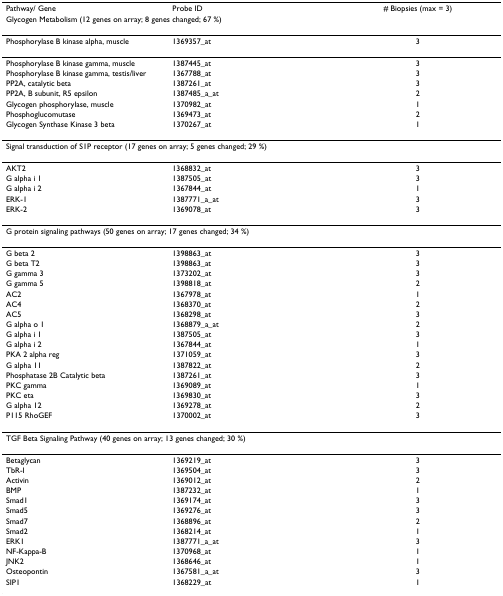
<table><thead><tr><td><b>Pathway/ Gene</b></td><td><b>Probe ID</b></td><td><b># Biopsies (max = 3)</b></td></tr><tr><td colspan="3"><b>Glycogen Metabolism (12 genes on array; 8 genes changed; 67 %)</b></td></tr></thead><tbody><tr><td>Phosphorylase B kinase alpha, muscle</td><td>1369357_at</td><td>3</td></tr><tr><td>Phosphorylase B kinase gamma, muscle</td><td>1387445_at</td><td>3</td></tr><tr><td>Phosphorylase B kinase gamma, testis/liver</td><td>1367788_at</td><td>3</td></tr><tr><td>PP2A, catalytic beta</td><td>1387261_at</td><td>3</td></tr><tr><td>PP2A, B subunit, R5 epsilon</td><td>1387485_a_at</td><td>2</td></tr><tr><td>Glycogen phosphorylase, muscle</td><td>1370982_at</td><td>1</td></tr><tr><td>Phosphoglucomutase</td><td>1369473_at</td><td>2</td></tr><tr><td>Glycogen Synthase Kinase 3 beta</td><td>1370267_at</td><td>1</td></tr><tr><td colspan="3">Signal transduction of S1P receptor (17 genes on array; 5 genes changed; 29 %)</td></tr><tr><td>AKT2</td><td>1368832_at</td><td>3</td></tr><tr><td>G alpha i 1</td><td>1387505_at</td><td>3</td></tr><tr><td>G alpha i 2</td><td>1367844_at</td><td>1</td></tr><tr><td>ERK-1</td><td>1387771_a_at</td><td>3</td></tr><tr><td>ERK-2</td><td>1369078_at</td><td>3</td></tr><tr><td colspan="3">G protein signaling pathways (50 genes on array; 17 genes changed; 34 %)</td></tr><tr><td>G beta 2</td><td>1398863_at</td><td>3</td></tr><tr><td>G beta T2</td><td>1398863_at</td><td>3</td></tr><tr><td>G gamma 3</td><td>1373202_at</td><td>3</td></tr><tr><td>G gamma 5</td><td>1398818_at</td><td>2</td></tr><tr><td>AC2</td><td>1367978_at</td><td>1</td></tr><tr><td>AC4</td><td>1368370_at</td><td>2</td></tr><tr><td>AC5</td><td>1368298_at</td><td>3</td></tr><tr><td>G alpha o 1</td><td>1368879_a_at</td><td>2</td></tr><tr><td>G alpha i 1</td><td>1387505_at</td><td>3</td></tr><tr><td>G alpha i 2</td><td>1367844_at</td><td>1</td></tr><tr><td>PKA 2 alpha reg</td><td>1371059_at</td><td>3</td></tr><tr><td>G alpha 11</td><td>1387822_at</td><td>2</td></tr><tr><td>Phosphatase 2B Catalytic beta</td><td>1387261_at</td><td>3</td></tr><tr><td>PKC gamma</td><td>1369089_at</td><td>1</td></tr><tr><td>PKC eta</td><td>1369830_at</td><td>3</td></tr><tr><td>G alpha 12</td><td>1369278_at</td><td>2</td></tr><tr><td>P115 RhoGEF</td><td>1370002_at</td><td>3</td></tr><tr><td colspan="3">TGF Beta Signaling Pathway (40 genes on array; 13 genes changed; 30 %)</td></tr><tr><td>Betaglycan</td><td>1369219_at</td><td>3</td></tr><tr><td>TbR-I</td><td>1369504_at</td><td>3</td></tr><tr><td>Activin</td><td>1369012_at</td><td>2</td></tr><tr><td>BMP</td><td>1387232_at</td><td>1</td></tr><tr><td>Smad1</td><td>1369174_at</td><td>3</td></tr><tr><td>Smad5</td><td>1369276_at</td><td>3</td></tr><tr><td>Smad7</td><td>1368896_at</td><td>2</td></tr><tr><td>Smad2</td><td>1368214_at</td><td>1</td></tr><tr><td>ERK1</td><td>1387771_a_at</td><td>3</td></tr><tr><td>NF-Kappa-B</td><td>1370968_at</td><td>1</td></tr><tr><td>JNK2</td><td>1368646_at</td><td>1</td></tr><tr><td>Osteopontin</td><td>1367581_a_at</td><td>3</td></tr><tr><td>SIP1</td><td>1368229_at</td><td>1</td></tr></tbody></table>